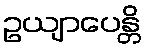
ဥယျာပေန္တိ